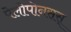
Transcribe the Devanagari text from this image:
पेलोपोनसस्‌